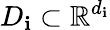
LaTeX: D_{\mathbf{i}}\subset\mathbb{{R}}^{d_{\mathbf{i}}}